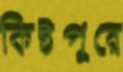
কিষ্টপুরে